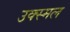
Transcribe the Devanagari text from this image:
उक्स्मल